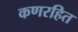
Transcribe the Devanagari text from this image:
कणरहित